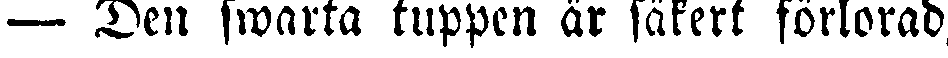
— Den swarta tuppen är säkert förlorad,